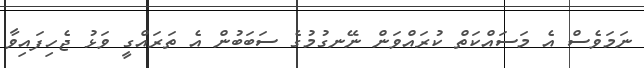
ނަމަވެސް އެ މަސައްކަތް ކުރައްވަން ނޭނގުމުގެ ސަބަބުން އެ ތަރައްގީ ވަޅު ޖެހިފައިވާ